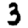
Digit: 3